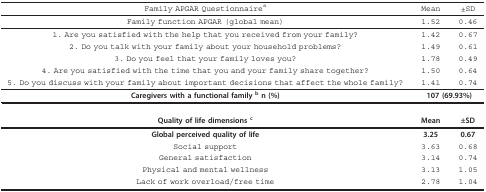
| Family APGAR Questionnairea | Mean | ±SD |
 | --- | --- | --- |
 | Family function APGAR (global mean) | 1.52 | 0.46 |
 | 1. Are you satisfied with the help that you received from your family? | 1.42 | 0.67 |
 | 2. Do you talk with your family about your household problems? | 1.49 | 0.61 |
 | 3. Do you feel that your family loves you? | 1.78 | 0.49 |
 | 4. Are you satisfied with the time that you and your family share together? | 1.50 | 0.64 |
 | 5. Do you discuss with your family about important decisions that affect the whole family? | 1.41 | 0.74 |
 | Caregivers with a functional family b n (%) | <COLSPAN=2> 107 (69.93%) |
 | Quality of life dimensions c | Mean | ±SD |
 | Global perceived quality of life | 3.25 | 0.67 |
 | Social support | 3.63 | 0.68 |
 | General satisfaction | 3.14 | 0.74 |
 | Physical and mental wellness | 3.13 | 1.05 |
 | Lack of work overload/free time | 2.78 | 1.04 |